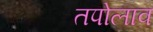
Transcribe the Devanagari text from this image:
तपोलाव